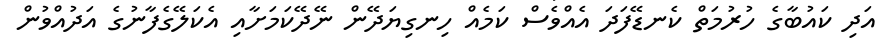
އަދި ކައުބާގެ ހުރުމަތް ކެނޑޭފަދަ އެއްވެސް ކަމެއް ހިނގިޔަދޭން ނޭދޭކަމަށާއި އެކަލޭގެފާނުގެ އަދުއްވުން